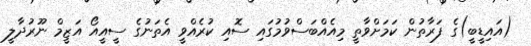
(އައިޑީބީ)ގެ ފަރާތުން ކަމަށްވާތީ މިއެއްބަސްވުމުގައި ސޮއި ކުރެއްވީ އެތަނުގެ ސީއީއޯ އަޒީމް ނޫރުދާލީ